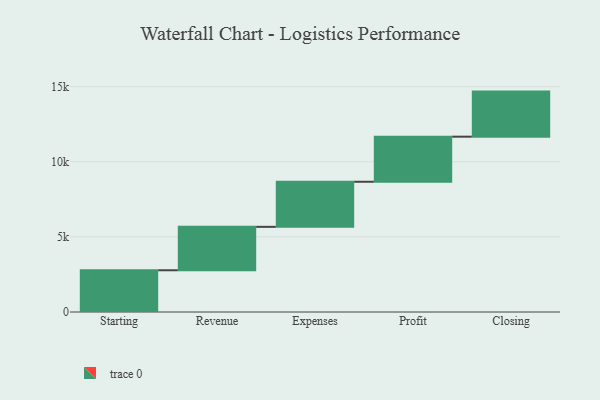
{"axis": {"x": "Step", "y": "Value"}, "legend": [""], "data": [{"x": "Starting", "y": 2777.0, "type": ""}, {"x": "Revenue", "y": 2890.0, "type": ""}, {"x": "Expenses", "y": 3000, "type": ""}, {"x": "Profit", "y": 3000, "type": ""}, {"x": "Closing", "y": 3000, "type": ""}]}